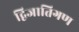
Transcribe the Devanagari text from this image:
द्विजातिगण